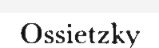
Ossietzky